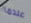
عندما